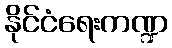
နိုင်ငံရေးကဏ္ဍ